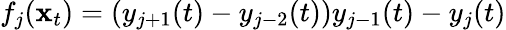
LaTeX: f_{j}(\mathbf x_{t})=(y_{j+1}(t)-y_{j-2}(t))y_{j-1}(t)-y_{j}(t)